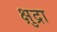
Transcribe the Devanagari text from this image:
क्षुद्रा